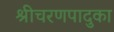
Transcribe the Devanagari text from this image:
श्रीचरणपादुका